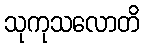
သုကုသလောတိ